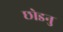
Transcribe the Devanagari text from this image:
छोडनु